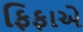
ફિફાએ